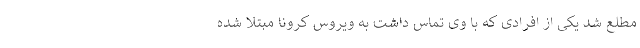
مطلع شد یکی از افرادی که با وی تماس داشت به ویروس کرونا مبتلا شده